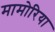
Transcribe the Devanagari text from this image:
मामोरिया